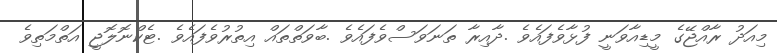
މިއަދު ރާއްޖޭގެ މީޑިއާވަނީ ފުޅާވެފައެވެ .ދާއިރާ ތަނަވަސްވެފައެވެ .ބާވަތްތައް އިތުރުވެފައެވެ .ޓެކްނޮލޮޖީ އަތްމަތިވެ